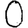
Digit: 0